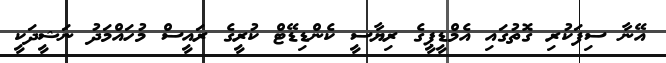
އޭނާ ސިފަކުރި ގޮތުގައި އެމްޑީޕީގެ ރިޔާސީ ކެންޑިޑޭޓް ކުރީގެ ރައީސް މުހައްމަދު ނަޝީދަކީ